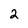
Character: 2